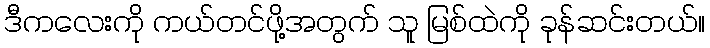
ဒီကလေးကို ကယ်တင်ဖို့အတွက် သူ မြစ်ထဲကို ခုန်ဆင်းတယ်။